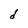
Character: d